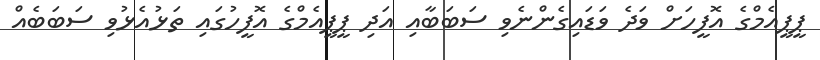
ޕީޕީއެމްގެ އޮފީހަށް ވަދެ ވަޑައިގެންނެވި ސަބަބާއި އަދި ޕީޕީއެމްގެ އޮފީހުގައި ތަޅުއެޅުވި ސަބަބެއް